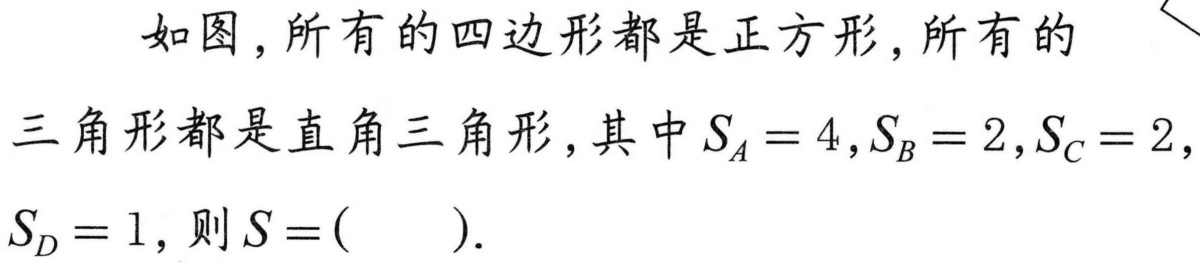
如图，所有的四边形都是正方形，所有的
三角形都是直角三角形，其中\(S_{A}=4\)，\(S_{B}=2\)，\(S_{C}=2\)，
\(S_{D}=1\)，则\(S = (\ \ \ \ \ )\).